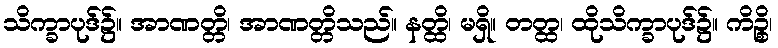
သိက္ခာပုဒ်၌။ အာဏတ္တိ၊ အာဏတ္တိသည်။ နတ္ထိ၊ မရှိ။ တတ္ထ၊ ထိုသိက္ခာပုဒ်၌။ ကိဉ္စိ၊